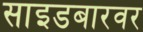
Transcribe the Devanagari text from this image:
साइडबारवर